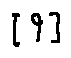
[ 9 ]